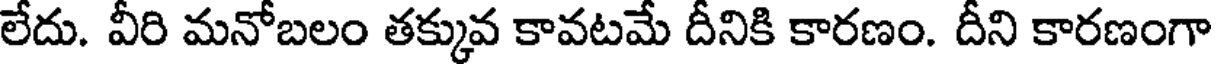
లేదు. వీరి మనోబలం తక్కువ కావటమే దీనికి కారణం. దీని కారణంగా